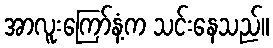
အာလူးကြော်နံ့က သင်းနေသည်။